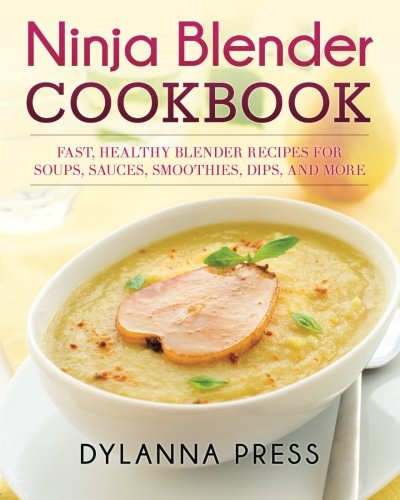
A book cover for Ninja Blender Cookbook: Fast, Healthy Blender Recipes for Soups, Sauces, Smoothies, Dips, and More; Dylanna Press; Cookbooks, Food & Wine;